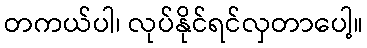
တကယ်ပါ၊ လုပ်နိုင်ရင်လှတာပေါ့။